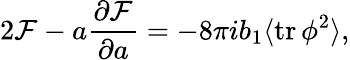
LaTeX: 2{\cal F}-a{\frac{\partial{\cal F}}{\partial a}}=-8\pi ib_{1}\langle\mathrm{tr}\, \phi^{2}\rangle,